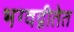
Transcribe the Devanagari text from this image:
भग्वद्गीतेत